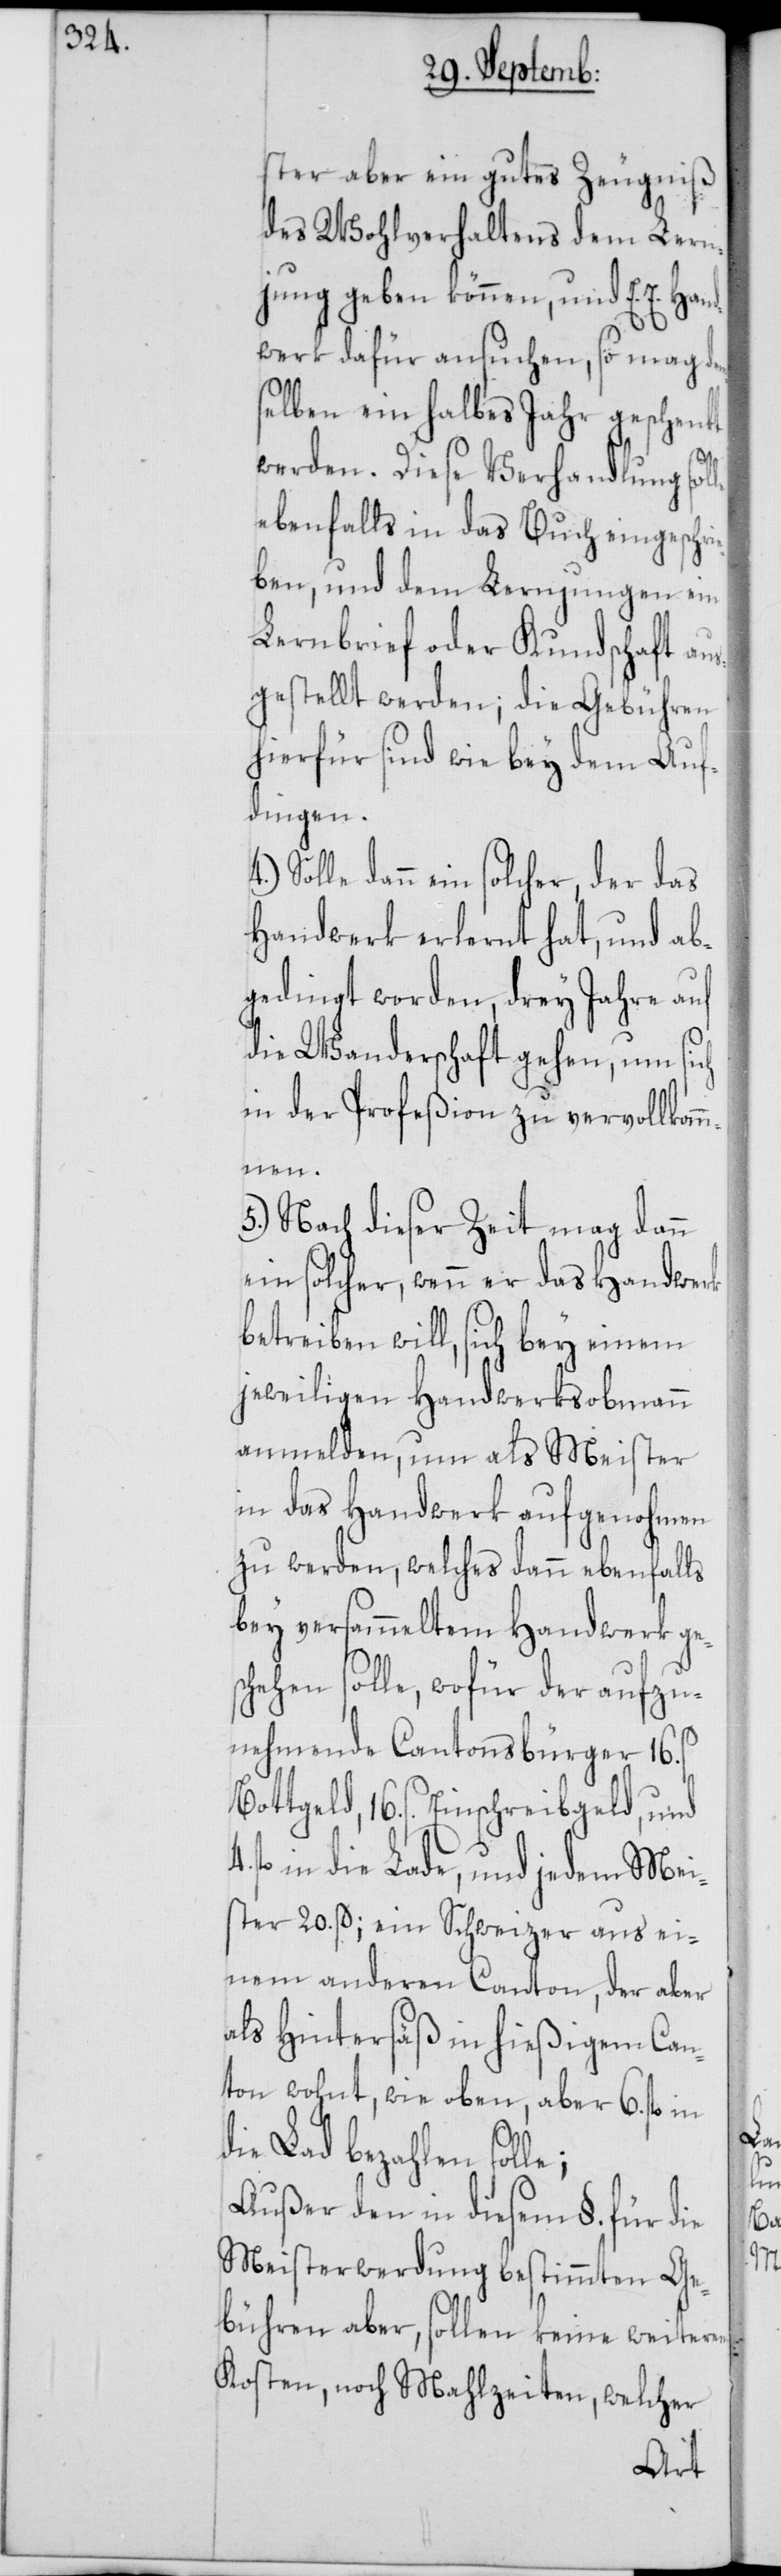
ster aber ein gutes Zeugniß
des Wohlverhaltens dem Lern¬
jung geben können, und E. E. Hand¬
werk dafür ansuchen, so mag de¬
mselben ein halbes Jahr geschenkt
werden. Diese Verhandlung solle
ebenfalls in das Buch eingeschri¬
eben, und dem Lernjungen ein
Lernbrief oder Kundschaft aus¬
gestellt werden; die Gebühren
hierfür sind wie bey dem Auf¬
dingen.
Sollte dann ein solcher, der das
Handwerk erlernt hat, und ab¬
gedingt worden, drey Jahre auf
die Wanderschaft gehen, um sich
in der Profeßion zu vervollkom¬
mnen.
5.) Nach dieser Zeit mag dann
ein solcher, wenn er das Handwerk
betreiben will, sich bey einem
jeweiligen Handwerksobmann
anmelden, um als Meister
in das Handwerk aufgenohmen
zu werden, welches dann ebenfalls
bey versammeltem Handwerk ge¬
hehen solle, wofür der aufzu¬
nehmende Cantonsbürger 16.
Bottgeld, 16. ß. Einschreibgeld, und
fl. in die Lade, und jedem Mei¬
ster 20. ß; ein Schweizer aus ei¬
nem anderen Canton, der aber
als Hintersäß in hießigem Can¬
ton wohnt, wie oben, aber 6. fl. in
die Lad bezahlen solle;
Außer den in diesem §. für die
Meisterwerdung bestimmten Ge¬
bühren aber, sollen keine weiteren
Kosten, noch Mahlzeiten, welcher
sc¬